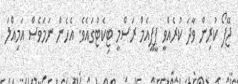
ޖޭފޯ ކުރިން ވާދަ ކުރެއްވީ ޕީޕީއެމް ރަސްމީ ޓިކެޓުގައެވެ. އެހެން ނަމަވެސް އަމިއްލަ